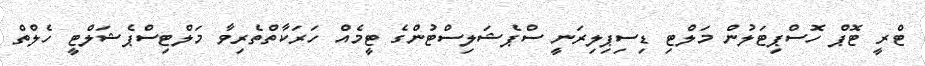
ޓްރީ ޓޮޕް ހޮސްޕިޓަލުން މަލްޓި ޑިސިޕިލިރަނީ ސްޕެޝަލިސްޓުންގެ ޓީމެއް ހަރަކާތްތެރިވާ މަލްޓިސްޕެޝަލްޓީ ހެލްތް